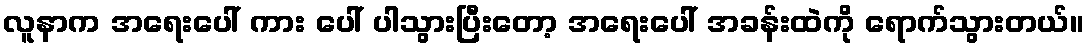
လူနာက အရေးပေါ် ကား ပေါ် ပါသွားပြီးတော့ အရေးပေါ် အခန်းထဲကို ရောက်သွားတယ်။